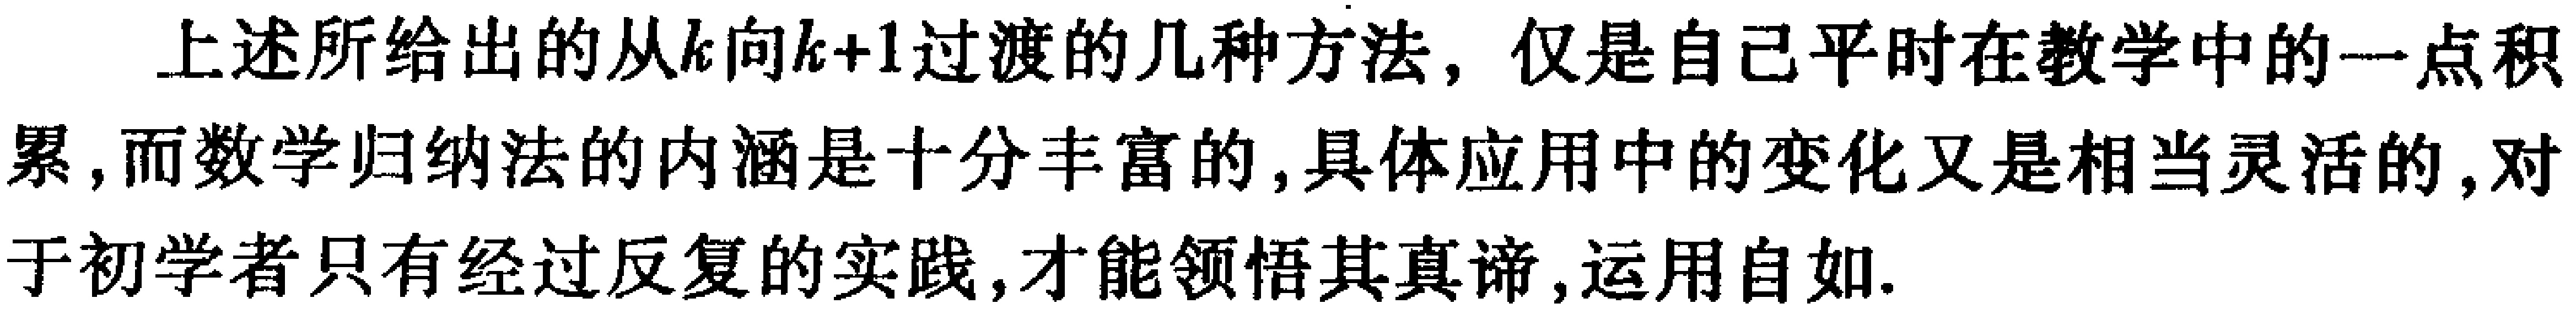
上述所给出的从\(k\)向\(k + 1\)过渡的几种方法，仅是自己平时在教学中的一点积累, 而数学归纳法的内涵是十分丰富的, 具体应用中的变化又是相当灵活的, 对于初学者只有经过反复的实践, 才能领悟其真谛, 运用自如.